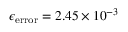
\epsilon _ { \mathrm { e r r o r } } = 2 . 4 5 \times 1 0 ^ { - 3 }